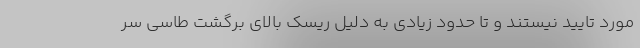
مورد تایید نیستند و تا حدود زیادی به دلیل ریسک بالای برگشت طاسی سر